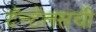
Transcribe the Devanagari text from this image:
टॅन्टॅलसची